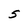
Character: S